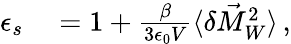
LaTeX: \begin{array}{rl}{\epsilon_{s}}&{{}=1+\frac{\beta}{3\epsilon_{0}V}\langle\delta\vec{M}_{W}^{2}\rangle\, ,}\end{array}